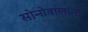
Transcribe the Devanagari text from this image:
सोनोवालांनी